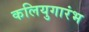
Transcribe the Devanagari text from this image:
कलियुगारंभ